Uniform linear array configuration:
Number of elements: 4
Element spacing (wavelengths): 1
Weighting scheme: exponential
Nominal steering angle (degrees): -45
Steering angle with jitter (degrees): -43.331
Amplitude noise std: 0.05
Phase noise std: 0.05

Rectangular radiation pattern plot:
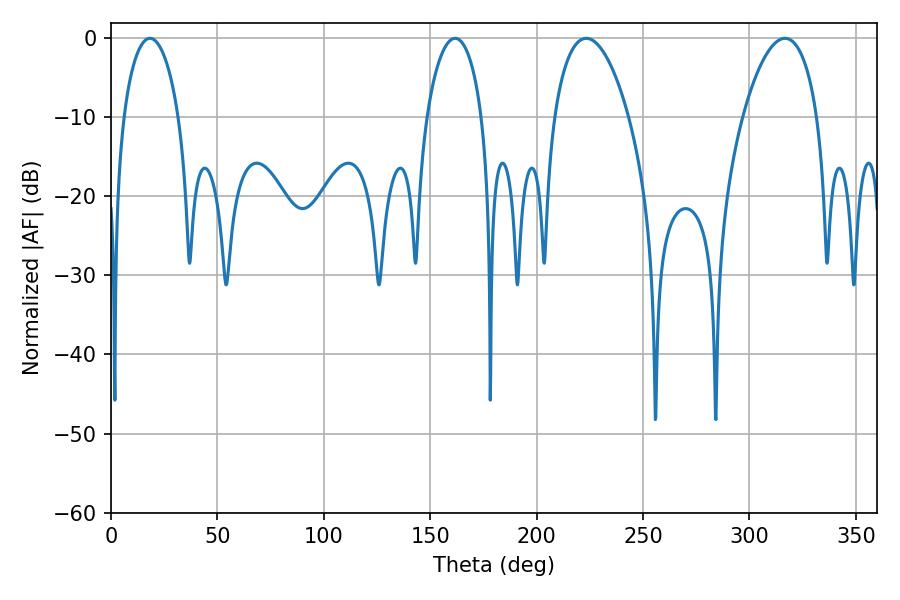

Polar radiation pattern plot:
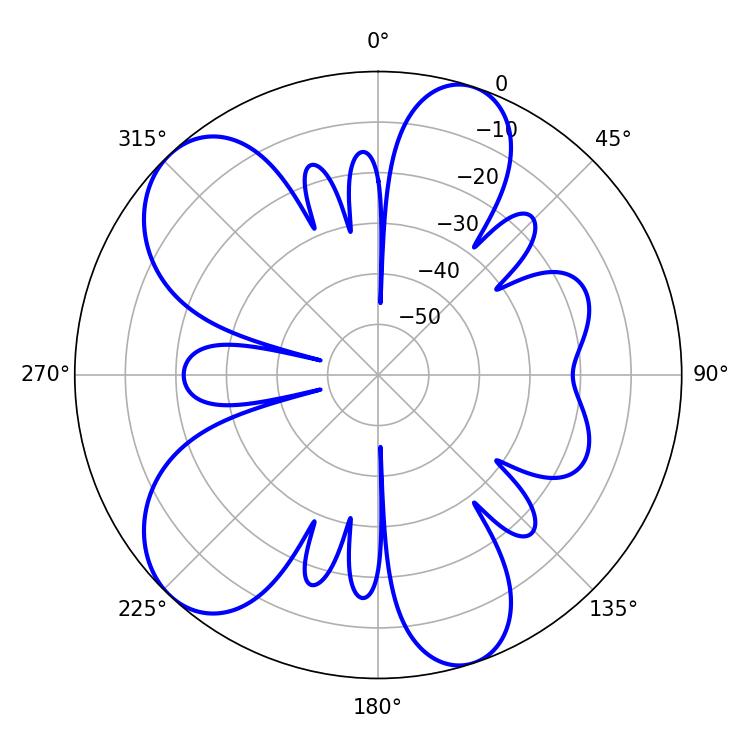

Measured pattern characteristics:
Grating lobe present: TRUE
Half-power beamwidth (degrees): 14.94
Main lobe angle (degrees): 18.36